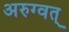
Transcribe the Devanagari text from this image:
अरुग्वत्